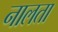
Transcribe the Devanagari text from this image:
नालता